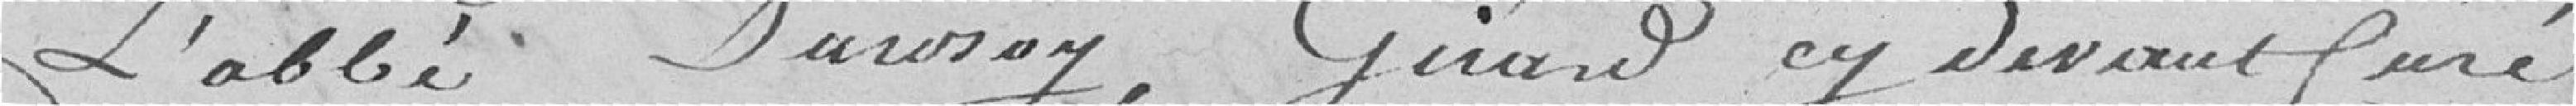
L'abbé Durosay, Girard cy devant Curé